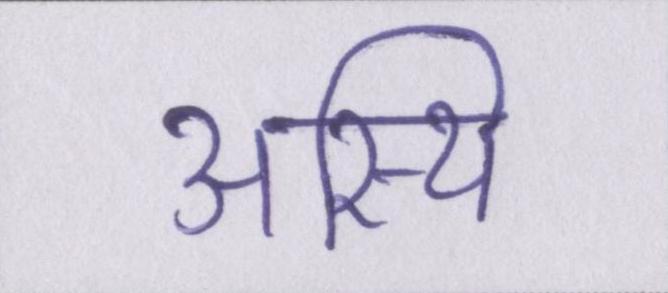
अस्थि